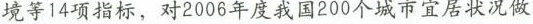
境等14项指标，对2006年度我国200个城市宜居状况做